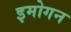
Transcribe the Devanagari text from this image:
इमोगन